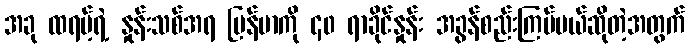
အခု ထရမ့်ရဲ့ နှုန်းသစ်အရ မြန်မာကို ၄၀ ရာခိုင်နှုန်း အခွန်စည်းကြပ်မယ်ဆိုတဲ့အတွက်